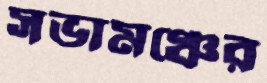
সভামঞ্চের